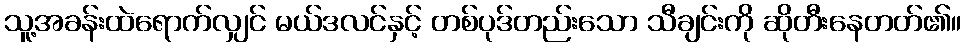
သူ့အခန်းထဲရောက်လျှင် မယ်ဒလင်နှင့် တစ်ပုဒ်တည်းသော သီချင်းကို ဆိုတီးနေတတ်၏။